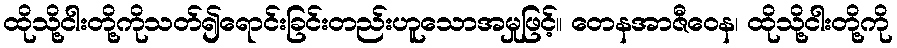
ထိုသို့ငါးတို့ကိုသတ်၍ရောင်းခြင်းတည်းဟူသောအမှုဖြင့်။ တေနအာဇီဝေန၊ ထိုသို့ငါးတို့ကို